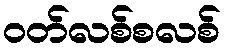
ဝတ်လစ်စလစ်